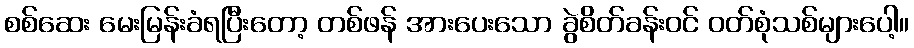
စစ်ဆေး မေးမြန်းခံရပြီးတော့ တစ်ဖန် အားပေးသော ခွဲစိတ်ခန်းဝင် ဝတ်စုံသစ်များပေါ့။